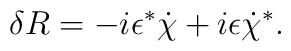
\delta R=-i\epsilon ^{*}\dot{\chi }+i\epsilon \dot{\chi }^{*}.